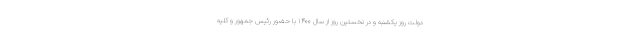
دولت روز یکشنبه و در نخستین روز از سال ۱۴۰۰ با حضور رئیس جمهور و کلیه